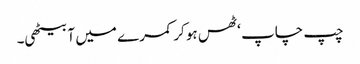
چپ چاپ ‘ ٹھس ہو کر کمرے میں آ بیٹھی۔